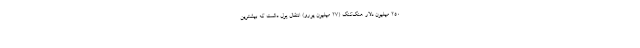
۲۵۰ میلیون دلار هنگ‌کنگ (۲۷ میلیون یورو) انتقال پول داشت که بیشترین